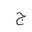
Letter: _gim